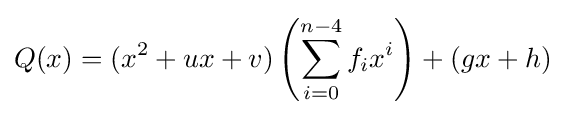
Q(x)=(x^{2}+ux+v)\left(\sum _{i=0}^{n-4}f_{i}x^{i}\right)+(gx+h)